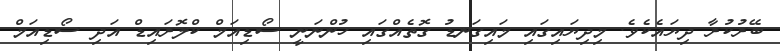
ބޭރުކުރާ ދިޔައެކެވެ. މިިދިޔައިގައި މައިގަނޑު ގޮތެއްގައި ހުންނަނީ ސޯޑިއަމް ކްލޮރައިޑް އަދި ސޯޑިއަމް